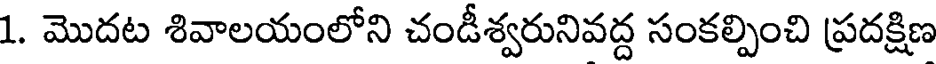
1. మొదట శివాలయంలోని చండీశ్వరునివద్ద సంకల్పించి ప్రదక్షిణ